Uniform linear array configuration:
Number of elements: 48
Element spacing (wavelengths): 0.25
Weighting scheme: uniform
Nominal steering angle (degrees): -30
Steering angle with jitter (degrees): -30.666
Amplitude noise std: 0.05
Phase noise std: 0.05

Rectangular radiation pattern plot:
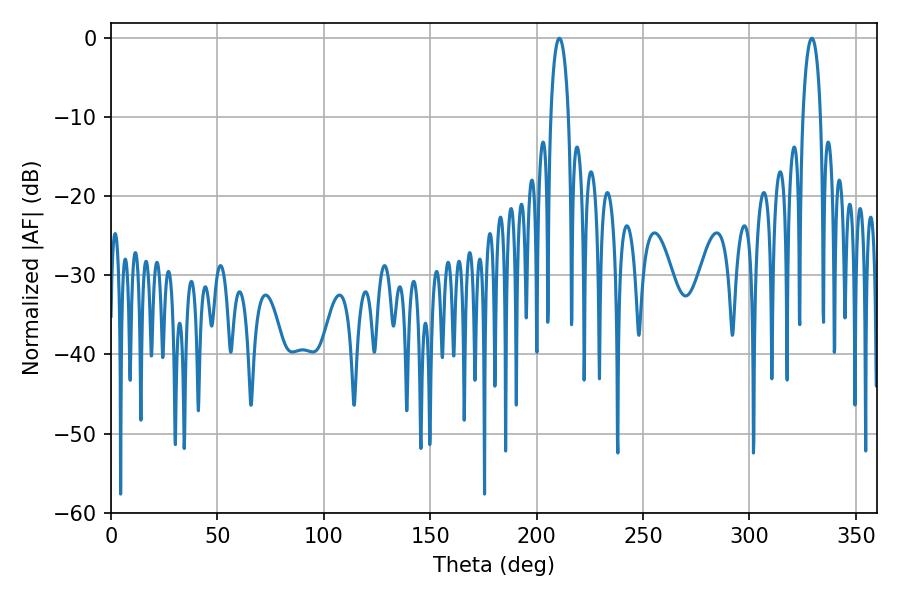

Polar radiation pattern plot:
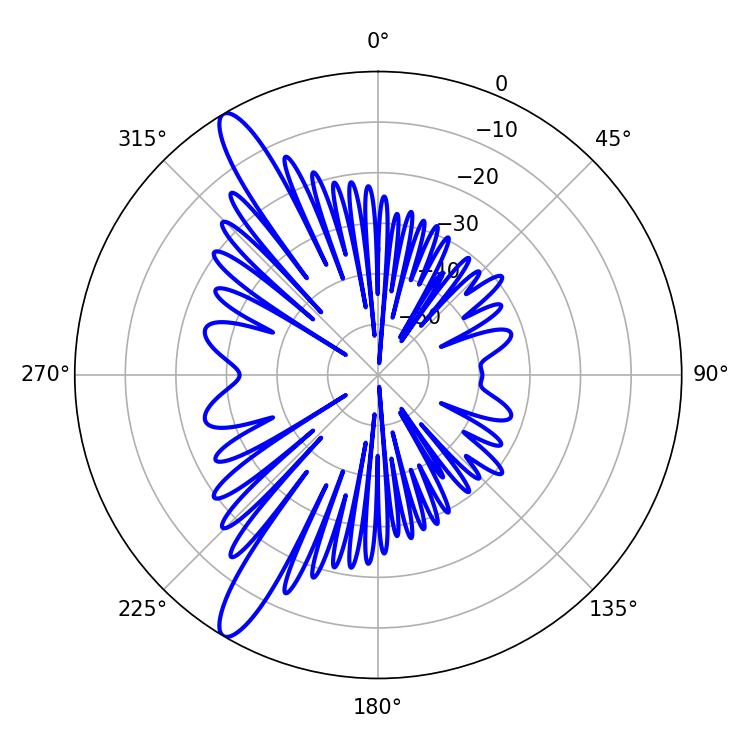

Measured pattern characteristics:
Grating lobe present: FALSE
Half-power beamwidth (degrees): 4.86
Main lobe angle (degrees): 210.6